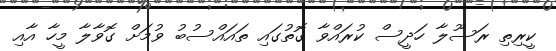
ކީރިތި ރަސޫލާ ހަދީސް ކުރައްވާ ގޮތުގައި ތައައްސުބު ވުމަށް ގޮވާލާ މީހާ އާއި